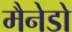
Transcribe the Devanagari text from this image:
मैनेडो